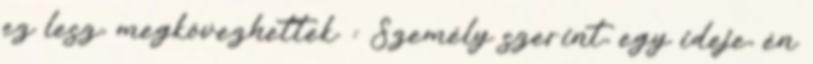
ez lesz, megkövezhettek. : Személy szerint, egy ideje, én